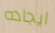
ايجاده